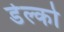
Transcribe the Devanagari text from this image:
डेल्को